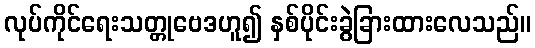
လုပ်ကိုင်ရေးသတ္တုဗေဒဟူ၍ နှစ်ပိုင်းခွဲခြားထားလေသည်။